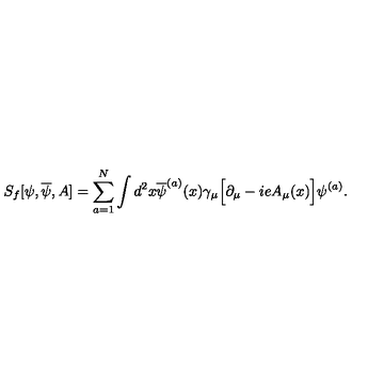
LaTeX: S _ { f } [ \psi , \overline { { \psi } } , A ] = \sum _ { a = 1 } ^ { N } \int d ^ { 2 } x \overline { { \psi } } ^ { ( a ) } ( x ) \gamma _ { \mu } \Big [ \partial _ { \mu } - i e A _ { \mu } ( x ) \Big ] \psi ^ { ( a ) } .